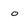
Character: o